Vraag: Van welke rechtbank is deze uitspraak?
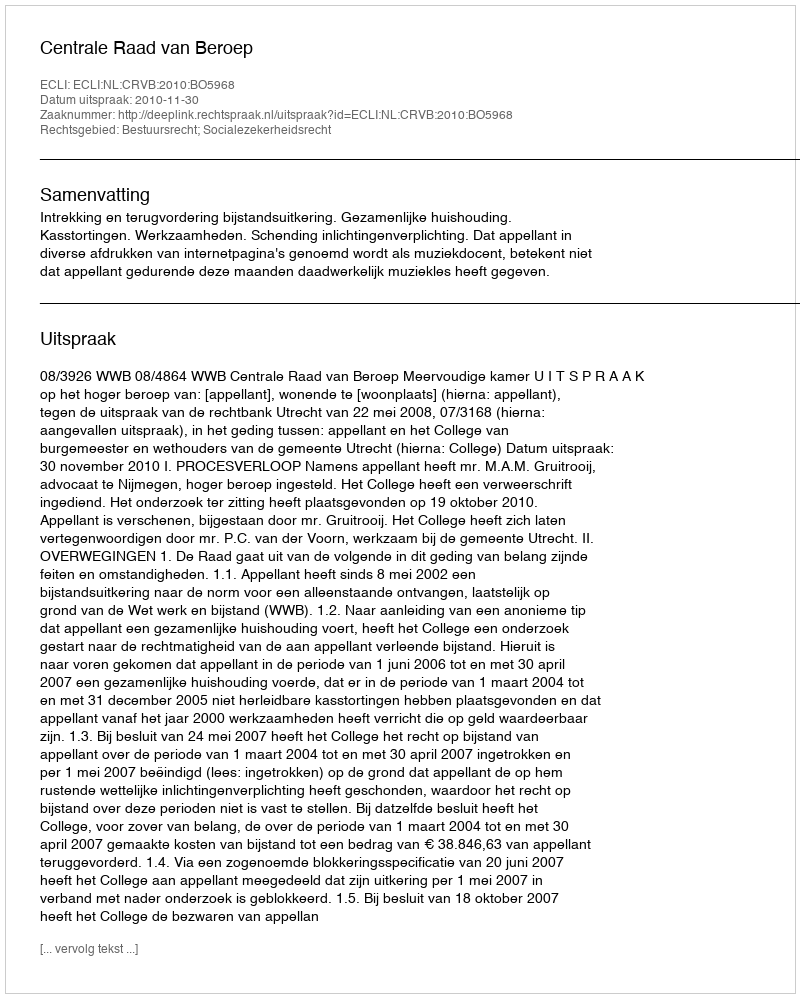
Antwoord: Centrale Raad van Beroep